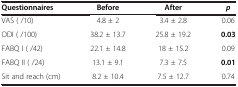
<table><thead><tr><td><b>Questionnaires</b></td><td><b>Before</b></td><td><b>After</b></td><td><b><i>p</i></b></td></tr></thead><tbody><tr><td>VAS ( /10)</td><td>4.8 ± 2</td><td>3.4 ± 2.8</td><td>0.06</td></tr><tr><td>ODI ( /100)</td><td>38.2 ± 13.7</td><td>25.8 ± 19.2</td><td><b>0.03</b></td></tr><tr><td>FABQ I ( /42)</td><td>22.1 ± 14.8</td><td>18 ± 15.2</td><td>0.09</td></tr><tr><td>FABQ II ( /24)</td><td>13.1 ± 9.1</td><td>7.3 ± 7.5</td><td><b>0.01</b></td></tr><tr><td>Sit and reach (cm)</td><td>8.2 ± 10.4</td><td>7.5 ± 12.7</td><td>0.74</td></tr></tbody></table>